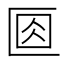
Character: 𠤽